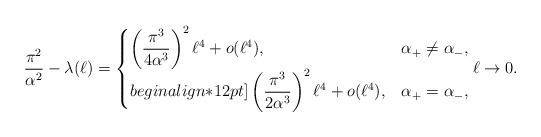
LaTeX: \begin{align*} \frac{\pi^2}{\alpha^2} - \lambda(\ell) = \begin{cases} \displaystyle \left( \frac{\pi^3}{4\alpha^3} \right)^2 \ell^4 + o(\ell^4),& \alpha_+ \neq \alpha_-, \\begin{align*}12pt] \displaystyle \left( \frac{\pi^3}{2\alpha^3} \right)^2 \ell^4 + o(\ell^4) , & \alpha_+ = \alpha_- ,\end{cases} \ell \to 0 . \end{align*}